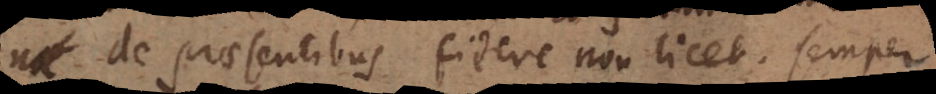
de praesentibus fidere non licet, semper